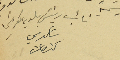
نائب رئيسَ بلدية كفرشيما شكري كنعان